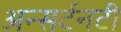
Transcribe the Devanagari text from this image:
अन्सर्टनटी